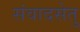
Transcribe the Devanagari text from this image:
संवादसेतु